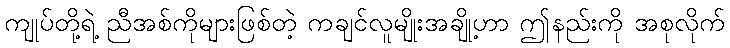
ကျုပ်တို့ရဲ့ ညီအစ်ကိုများဖြစ်တဲ့ ကချင်လူမျိုးအချို့ဟာ ဤနည်းကို အစုလိုက်